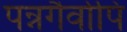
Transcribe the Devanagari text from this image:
पन्नगैर्वापि